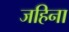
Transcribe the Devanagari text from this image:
जहिना